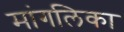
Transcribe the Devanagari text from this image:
मांगलिका